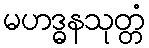
မဟဒ္ဓနသုတ္တံ